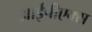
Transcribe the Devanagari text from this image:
आईपीएक्स